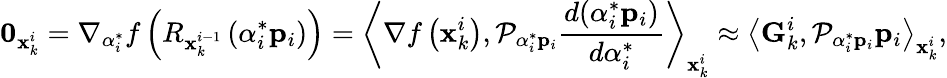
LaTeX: \mathbf{0}_{\mathbf{x}_{k}^{i}}=\nabla_{\alpha_{i}^{*}}f\left(R_{\mathbf{x}_{k}^{i-1}}\left(\alpha_{i}^{*}\mathbf{p}_{i}\right)\right)=\left\langle\nabla f\left(\mathbf{x}_{k}^{i}\right),\mathcal{P}_{\alpha_{i}^{*}\mathbf{p}_{i}}\frac{d(\alpha_{i}^{*}\mathbf{p}_{i})}{d\alpha_{i}^{*}}\right\rangle_{\mathbf{x}_{k}^{i}}\approx\left\langle\mathbf{G}_{k}^{i},\mathcal{P}_{\alpha_{i}^{*}\mathbf{p}_{i}}\mathbf{p}_{i}\right\rangle_{\mathbf{x}_{k}^{i}},